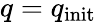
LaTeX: q=q_{\mathrm{init}}